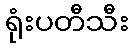
ရုံးပတီသီး